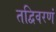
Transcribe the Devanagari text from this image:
तद्विवरणं